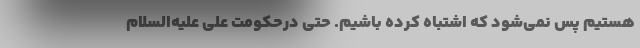
هستیم پس نمی‌شود که اشتباه کرده باشیم. حتی درحکومت علی علیه‌السلام